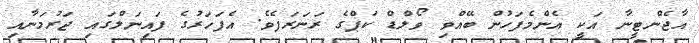
އާޖެންޓީނާ އަކީ އެންމެފަހުން ބޭއްވި ވޯލްޑް ކަޕްގެ ރަނަރަޕެވެ. އެފަހަރުގެ ފައިނަލްގައި ޖަރުމަނާއި